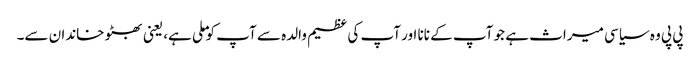
پی پی وہ سیاسی میراث ہے جو آپ کے نانا اور آپ کی عظیم والدہ سے آپ کو ملی ہے، یعنی بھٹو خاندان سے۔